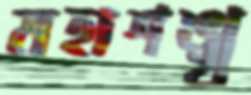
মহাশঙ্খ